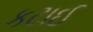
કટાઈ